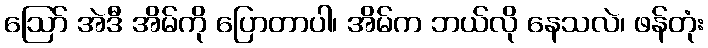
ဩော် အဲဒီ အိမ်ကို ပြောတာပါ၊ အိမ်က ဘယ်လို နေသလဲ၊ ဖန်တုံး